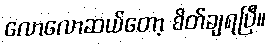
လောလောဆယ်တော့ စိတ်ချရပြီ။